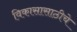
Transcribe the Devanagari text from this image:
विकासासाठीचे